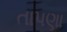
તાપણા